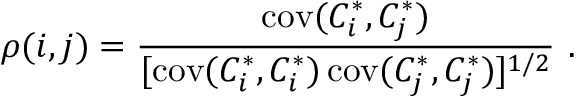
\rho ( i , j ) = \frac { \mathrm { c o v } ( C _ { i } ^ { * } , C _ { j } ^ { * } ) } { [ \mathrm { c o v } ( C _ { i } ^ { * } , C _ { i } ^ { * } ) \, \mathrm { c o v } ( C _ { j } ^ { * } , C _ { j } ^ { * } ) ] ^ { 1 / 2 } } ~ .